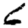
Digit: 6